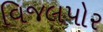
વિજલપોર